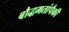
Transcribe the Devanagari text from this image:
बौद्धमतांपैकी